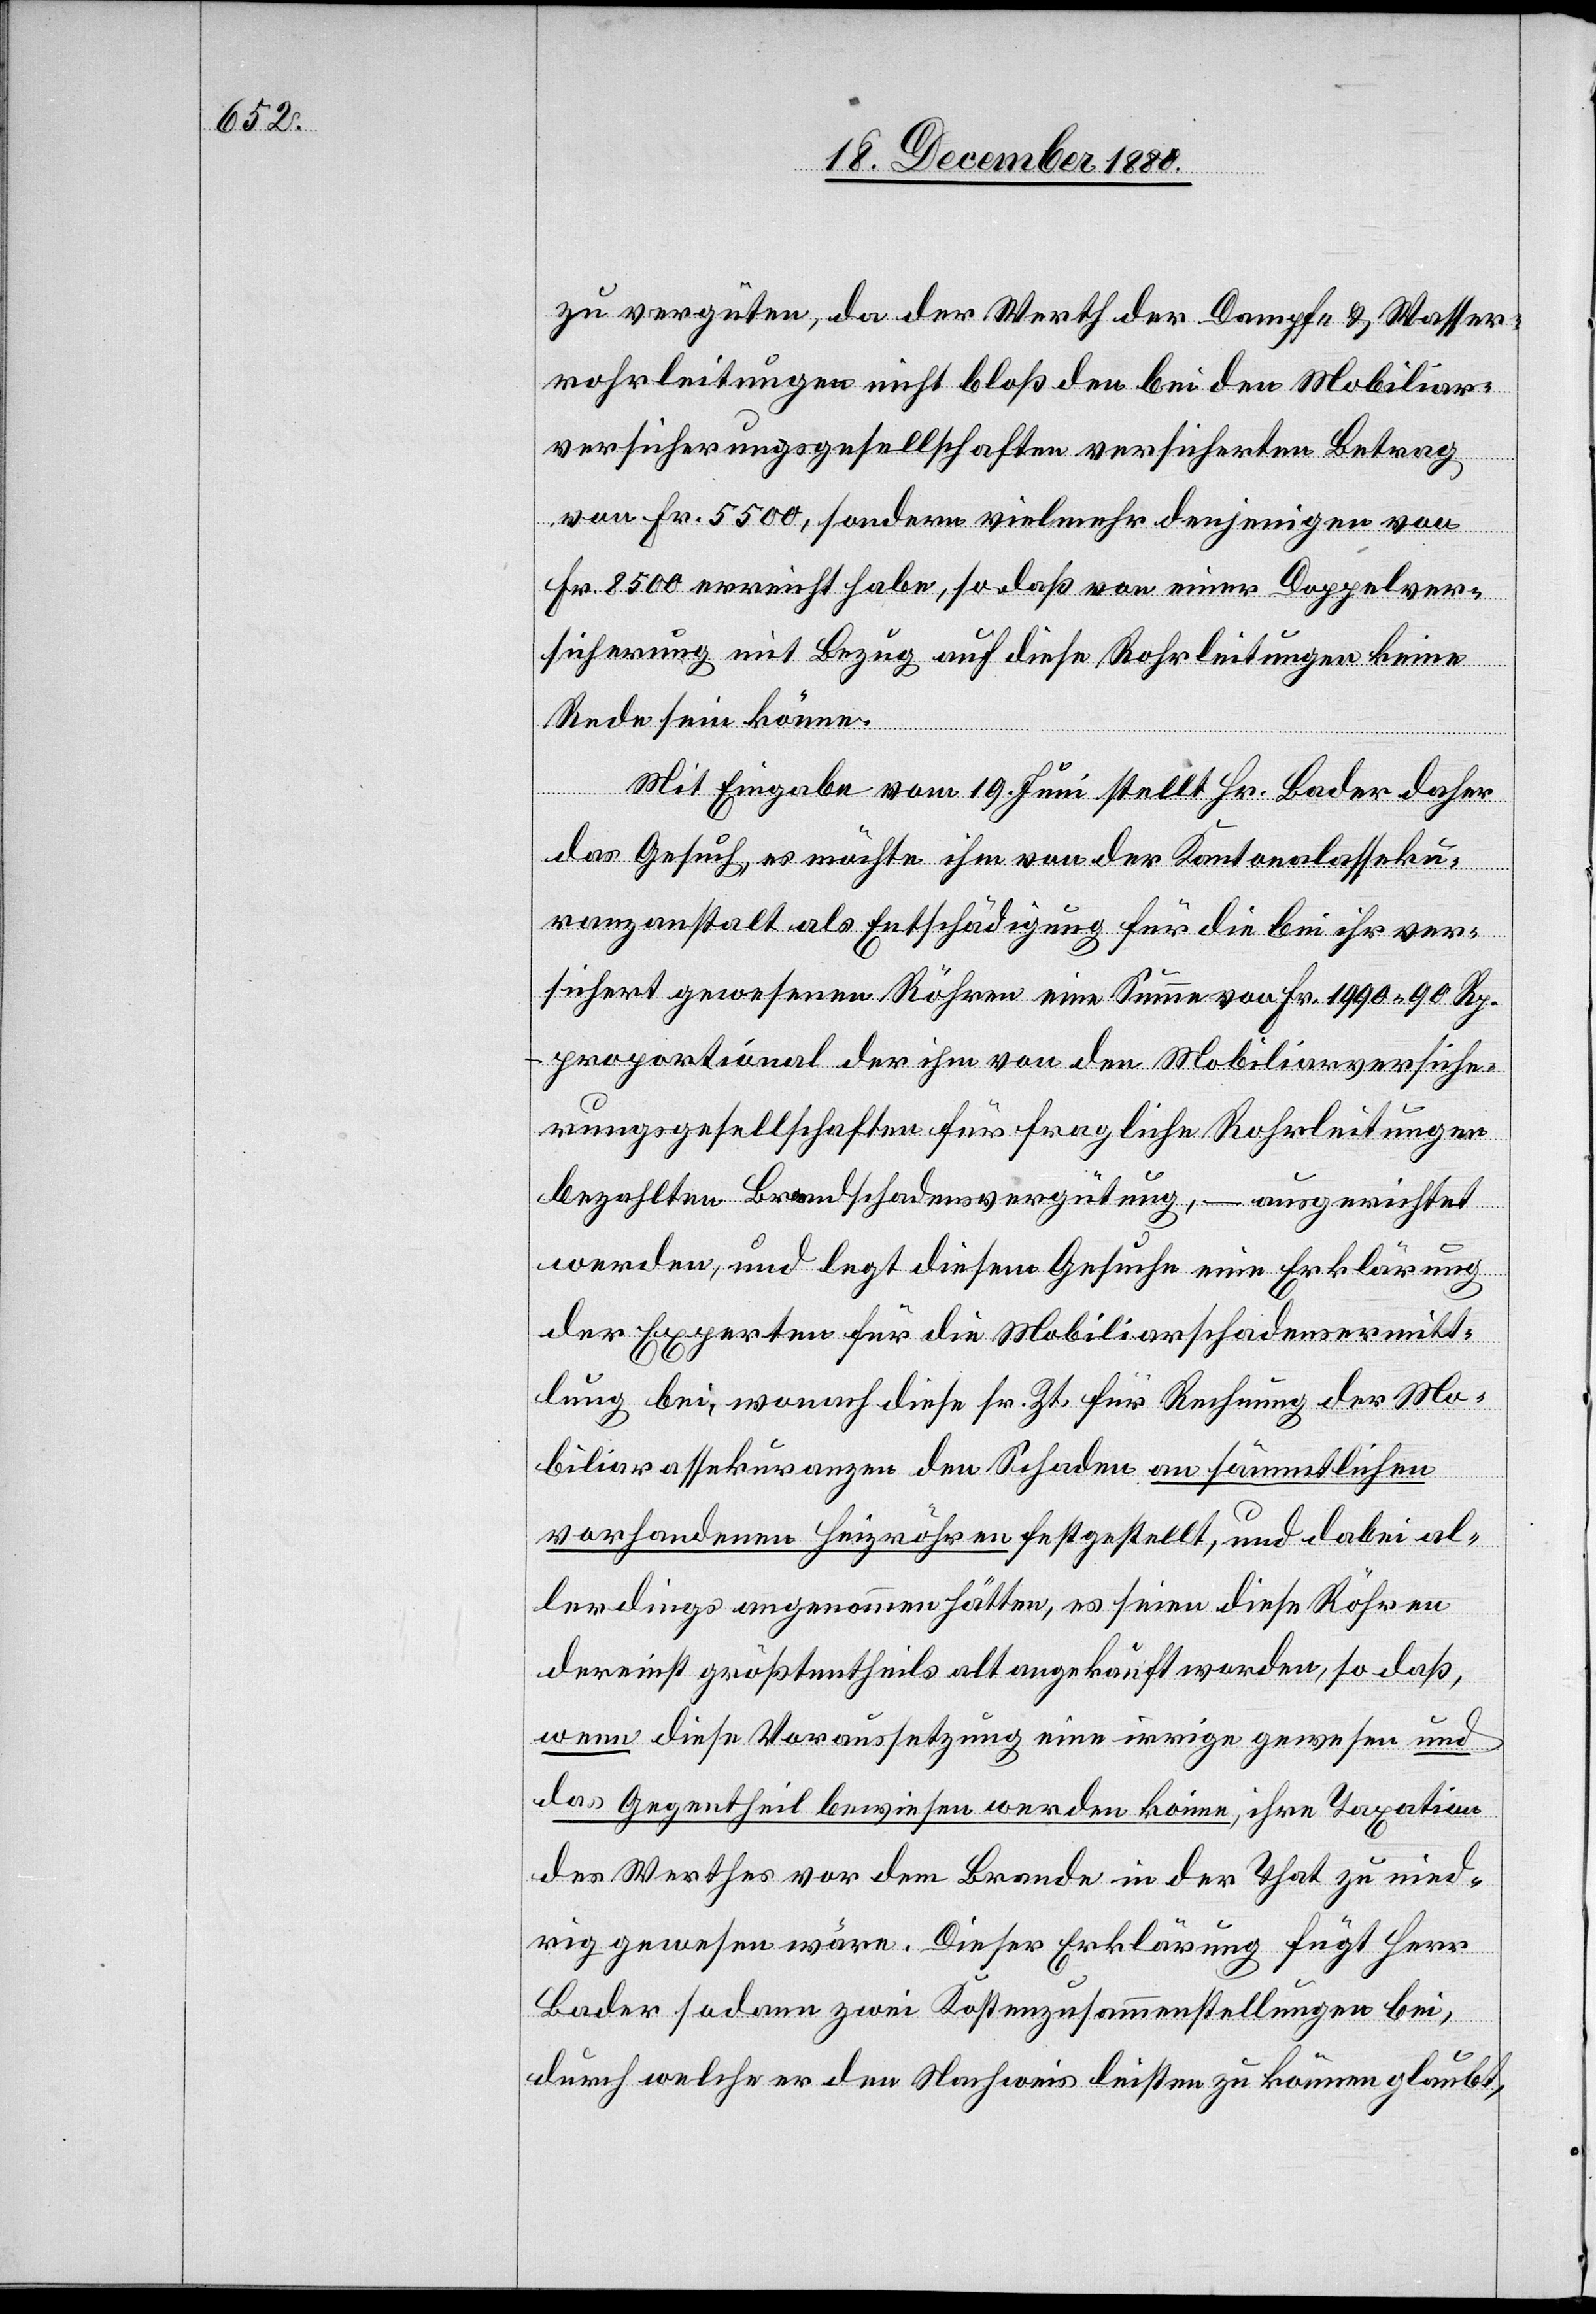
zu vergüten, da der Werth der Dampf- & Wasser¬
rohrleitungen nicht bloß den bei den Mobiliar¬
versicherungsgesellschaften versicherten Betrag
von Fr. 5500, sondern vielmehr denjenigen von
Fr. 8500 erreicht habe, so daß von einer Doppelver¬
sicherung mit Bezug auf diese Rohrleitungen keine
Rede sein könne.
Mit Eingabe vom 19. Juni stellt Hr. Bader daher
das Gesuch, es möchte ihm von der Kantonalasseku¬
ranzanstalt als Entschädigung für die bei ihr ver¬
sichert gewesenen Röhren eine Summe von Fr. 1990 90 Rp.
proportional der ihm von den Mobiliarversiche¬
rungsgesellschaften für die fraglichen Rohrleitungen
bezahlten Brandschadensvergütung, – ausgerichtet
werden, und legt diesem Gesuche eine Erklärung
der Experten für die Mobiliarschadensermitt¬
lung bei, wonach diese sr. Zt. für Rechnung der Mo¬
biliarassekuranzen den Schaden an sämmtlichen
vorhandenen Heizröhren festgestellt, und dabei al¬
lerdings angenommen hätten, es seien diese Röhren
dereinst größtentheils alt angekauft worden, so daß,
wenn diese Voraussetzung eine irrige gewesen und
das Gegentheil bewiesen werden könne, ihre Taxation
des Werthes vor dem Brande in der That zu nied¬
rig gewesen wäre. Dieser Erklärung fügt Herr
Bader sodann zwei Kostenzusammenstellungen bei,
durch welche er den Nachweis leisten zu können glaubt,